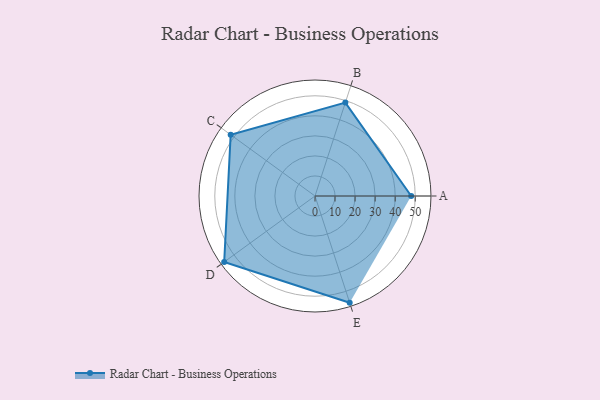
{"axis": {"x": "Skill", "y": "Score"}, "legend": ["Profile"], "data": [{"x": "A", "y": 48.0, "type": "Profile"}, {"x": "B", "y": 49.0, "type": "Profile"}, {"x": "C", "y": 52.0, "type": "Profile"}, {"x": "D", "y": 56.0, "type": "Profile"}, {"x": "E", "y": 56.0, "type": "Profile"}]}